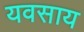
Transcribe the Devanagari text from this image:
यवसाय